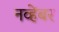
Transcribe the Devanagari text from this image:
नव्हेंबर